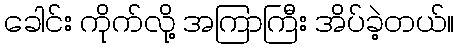
ခေါင်း ကိုက်လို့ အကြာကြီး အိပ်ခဲ့တယ်။